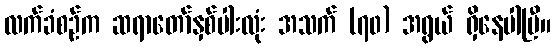
လက်ခံစဉ်က ဆရာတော်နှစ်ပါးလုံး အသက် (၇၀) အရွယ် ရှိနေပါပြီ။